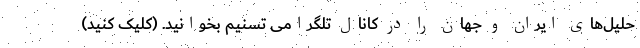
حلیل‌های ایران و جهان را در کانال تلگرامی تسنیم بخوانید. (کلیک کنید)